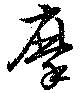
摩